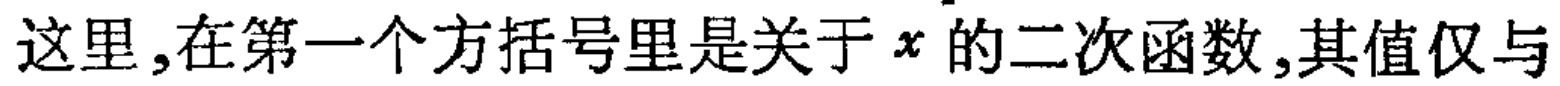
这里,在第一个方括号里是关于 \(x\) 的二次函数,其值仅与